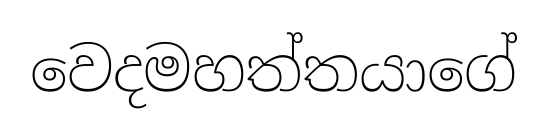
වෙදමහත්තයාගේ